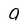
Character: 9